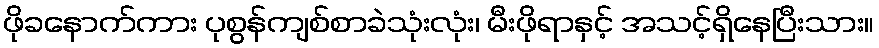
ဖိုခနောက်ကား ပုစွန်ကျစ်စာခဲသုံးလုံး၊ မီးဖိုရာနှင့် အသင့်ရှိနေပြီးသား။